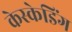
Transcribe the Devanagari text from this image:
केस्केडिंग